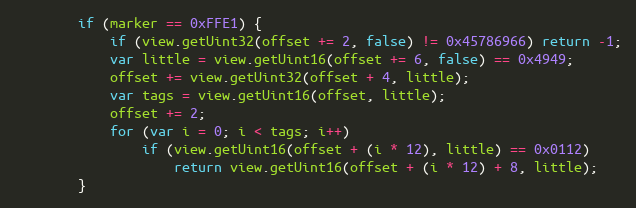
Language: JavaScript
        if (marker == 0xFFE1) {
            if (view.getUint32(offset += 2, false) != 0x45786966) return -1;
            var little = view.getUint16(offset += 6, false) == 0x4949;
            offset += view.getUint32(offset + 4, little);
            var tags = view.getUint16(offset, little);
            offset += 2;
            for (var i = 0; i < tags; i++)
                if (view.getUint16(offset + (i * 12), little) == 0x0112)
                    return view.getUint16(offset + (i * 12) + 8, little);
        }